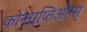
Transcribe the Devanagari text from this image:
कोन्तरप्तिओन्स्